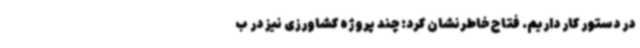
در دستور کار داریم. فتاح خاطرنشان کرد: چند پروژه کشاورزی نیز در ب